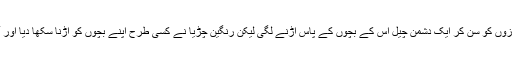
مگر بچوں کی آوازوں کو سن کر ایک دشمن چیل اس کے بچوں کے پاس اڑنے لگی لیکن رنگین چڑیا نے کسی طرح اپنے بچوں کو اڑنا سکھا دیا اور آسمان میں اڑا دیا۔